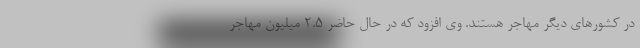
در کشورهای دیگر مهاجر هستند. وی افزود که در حال حاضر 2.5 میلیون مهاجر